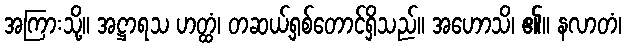
အကြားသို့။ အဋ္ဌာရသ ဟတ္ထံ၊ တဆယ့်ရှစ်တောင်ရှိသည်။ အဟောသိ၊ ၏။ နလာတံ၊